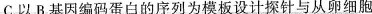
C.以B基因编码蛋白的序列为模板设计探针与从卵细胞